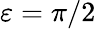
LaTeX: \varepsilon=\pi/2